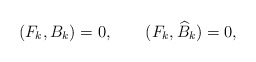
\begin{align*}(F_k,B_k)=0, \qquad (F_k,\widehat{B}_k)=0,\end{align*}